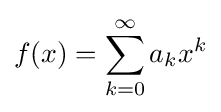
f(x)=\sum _{k=0}^{\infty }a_{k}x^{k}